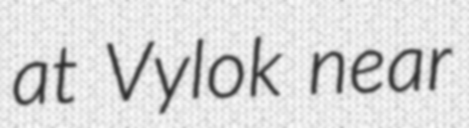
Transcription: at Vylok near